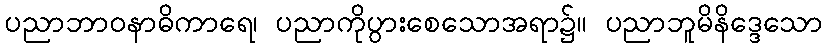
ပညာဘာဝနာဓိကာရေ၊ ပညာကိုပွားစေသောအရာ၌။ ပညာဘူမိနိဒ္ဒေသော